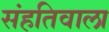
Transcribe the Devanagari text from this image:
संहतिवाला